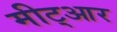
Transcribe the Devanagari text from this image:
मीट्आर